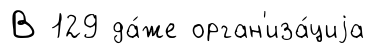
В 129 да́же орган'иза́циjа